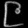
Digit: ၉